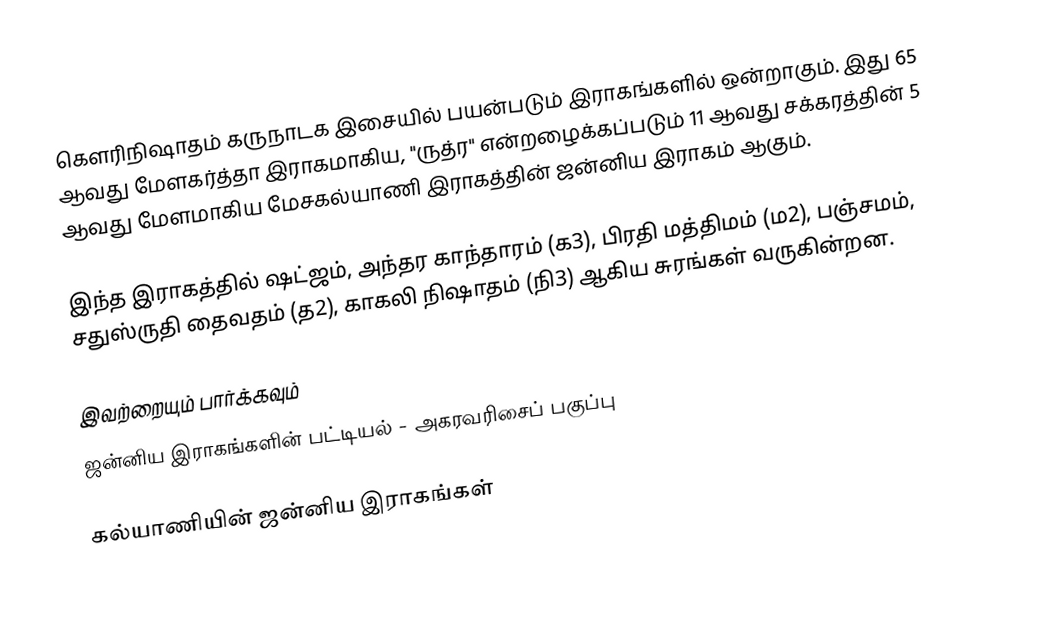
கௌரிநிஷாதம் கருநாடக இசையில் பயன்படும் இராகங்களில் ஒன்றாகும். இது 65 ஆவது மேளகர்த்தா இராகமாகிய, "ருத்ர" என்றழைக்கப்படும் 11 ஆவது சக்கரத்தின் 5 ஆவது மேளமாகிய மேசகல்யாணி இராகத்தின் ஜன்னிய இராகம் ஆகும்.

இந்த இராகத்தில் ஷட்ஜம், அந்தர காந்தாரம் (க3), பிரதி மத்திமம் (ம2), பஞ்சமம்,  சதுஸ்ருதி தைவதம் (த2), காகலி நிஷாதம்  (நி3) ஆகிய சுரங்கள் வருகின்றன.

இவற்றையும் பார்க்கவும்
 ஜன்னிய இராகங்களின் பட்டியல் - அகரவரிசைப் பகுப்பு

கல்யாணியின் ஜன்னிய இராகங்கள்